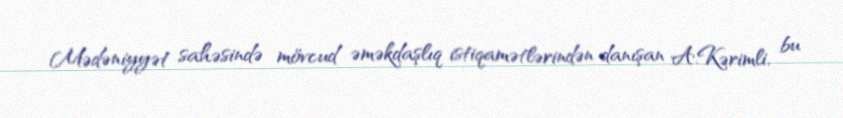
Mədəniyyət sahəsində mövcud əməkdaşlıq istiqamətlərindən danışan A.Kərimli, bu